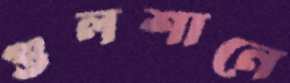
গুলশানে